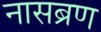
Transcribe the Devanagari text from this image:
नासब्रण